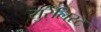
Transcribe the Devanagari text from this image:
सुर्रेलिस्ट